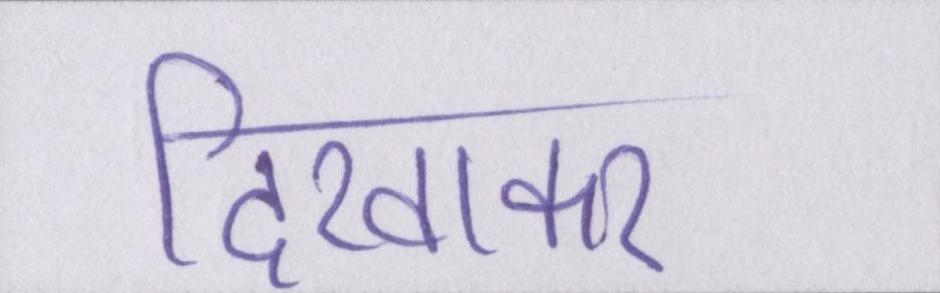
दिखाकर